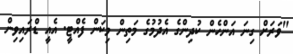
"ވަރަށް ގިނަ އަންހެން ކުދިންގެ އެދުމުގެ މަތިން މިކަން ފެއްޓީ. އެއީ ޑްރައިވިން